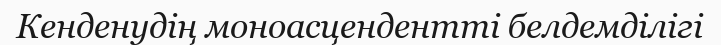
Кенденудің моноасцендентті белдемділігі